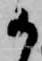
か